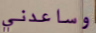
وساعدني